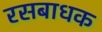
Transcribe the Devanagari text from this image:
रसबाधक